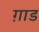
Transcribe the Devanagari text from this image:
ग़ाड